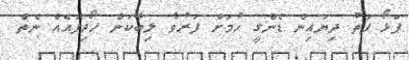
ފަޅޯ ފަތު ދިޔައިން ޑެންގީ ހުމަށް ފަރުވާ ލިބޭކަން ހޯދިފައެއް ނެތް